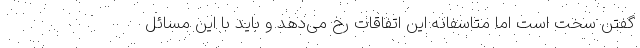
گفتن سخت است اما متاسفانه این اتفاقات رخ می‌دهد و باید با این مسائل